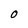
Character: 0